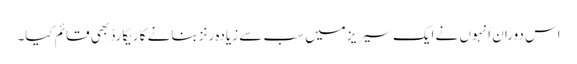
اس دوران انہوں نے ایک سیریز میں سب سے زیادہ رنز بنانے کا ریکارڈ بھی قائم کیا۔